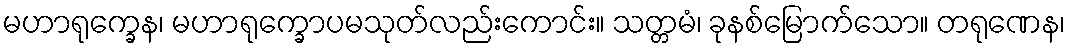
မဟာရုက္ခေန၊ မဟာရုက္ခောပမသုတ်လည်းကောင်း။ သတ္တမံ၊ ခုနစ်မြောက်သော။ တရုဏေန၊